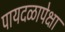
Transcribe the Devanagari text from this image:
पायदळापेक्षा